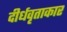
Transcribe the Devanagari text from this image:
दीर्धवृताकार